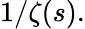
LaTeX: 1/\zeta(s).